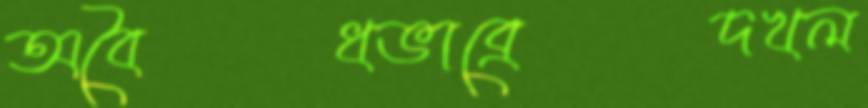
অবৈধভাব্রেদখল